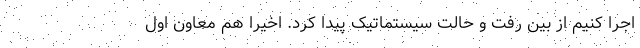
اجرا کنیم از بین رفت و حالت سیستماتیک پیدا کرد. اخیرا هم معاون اول